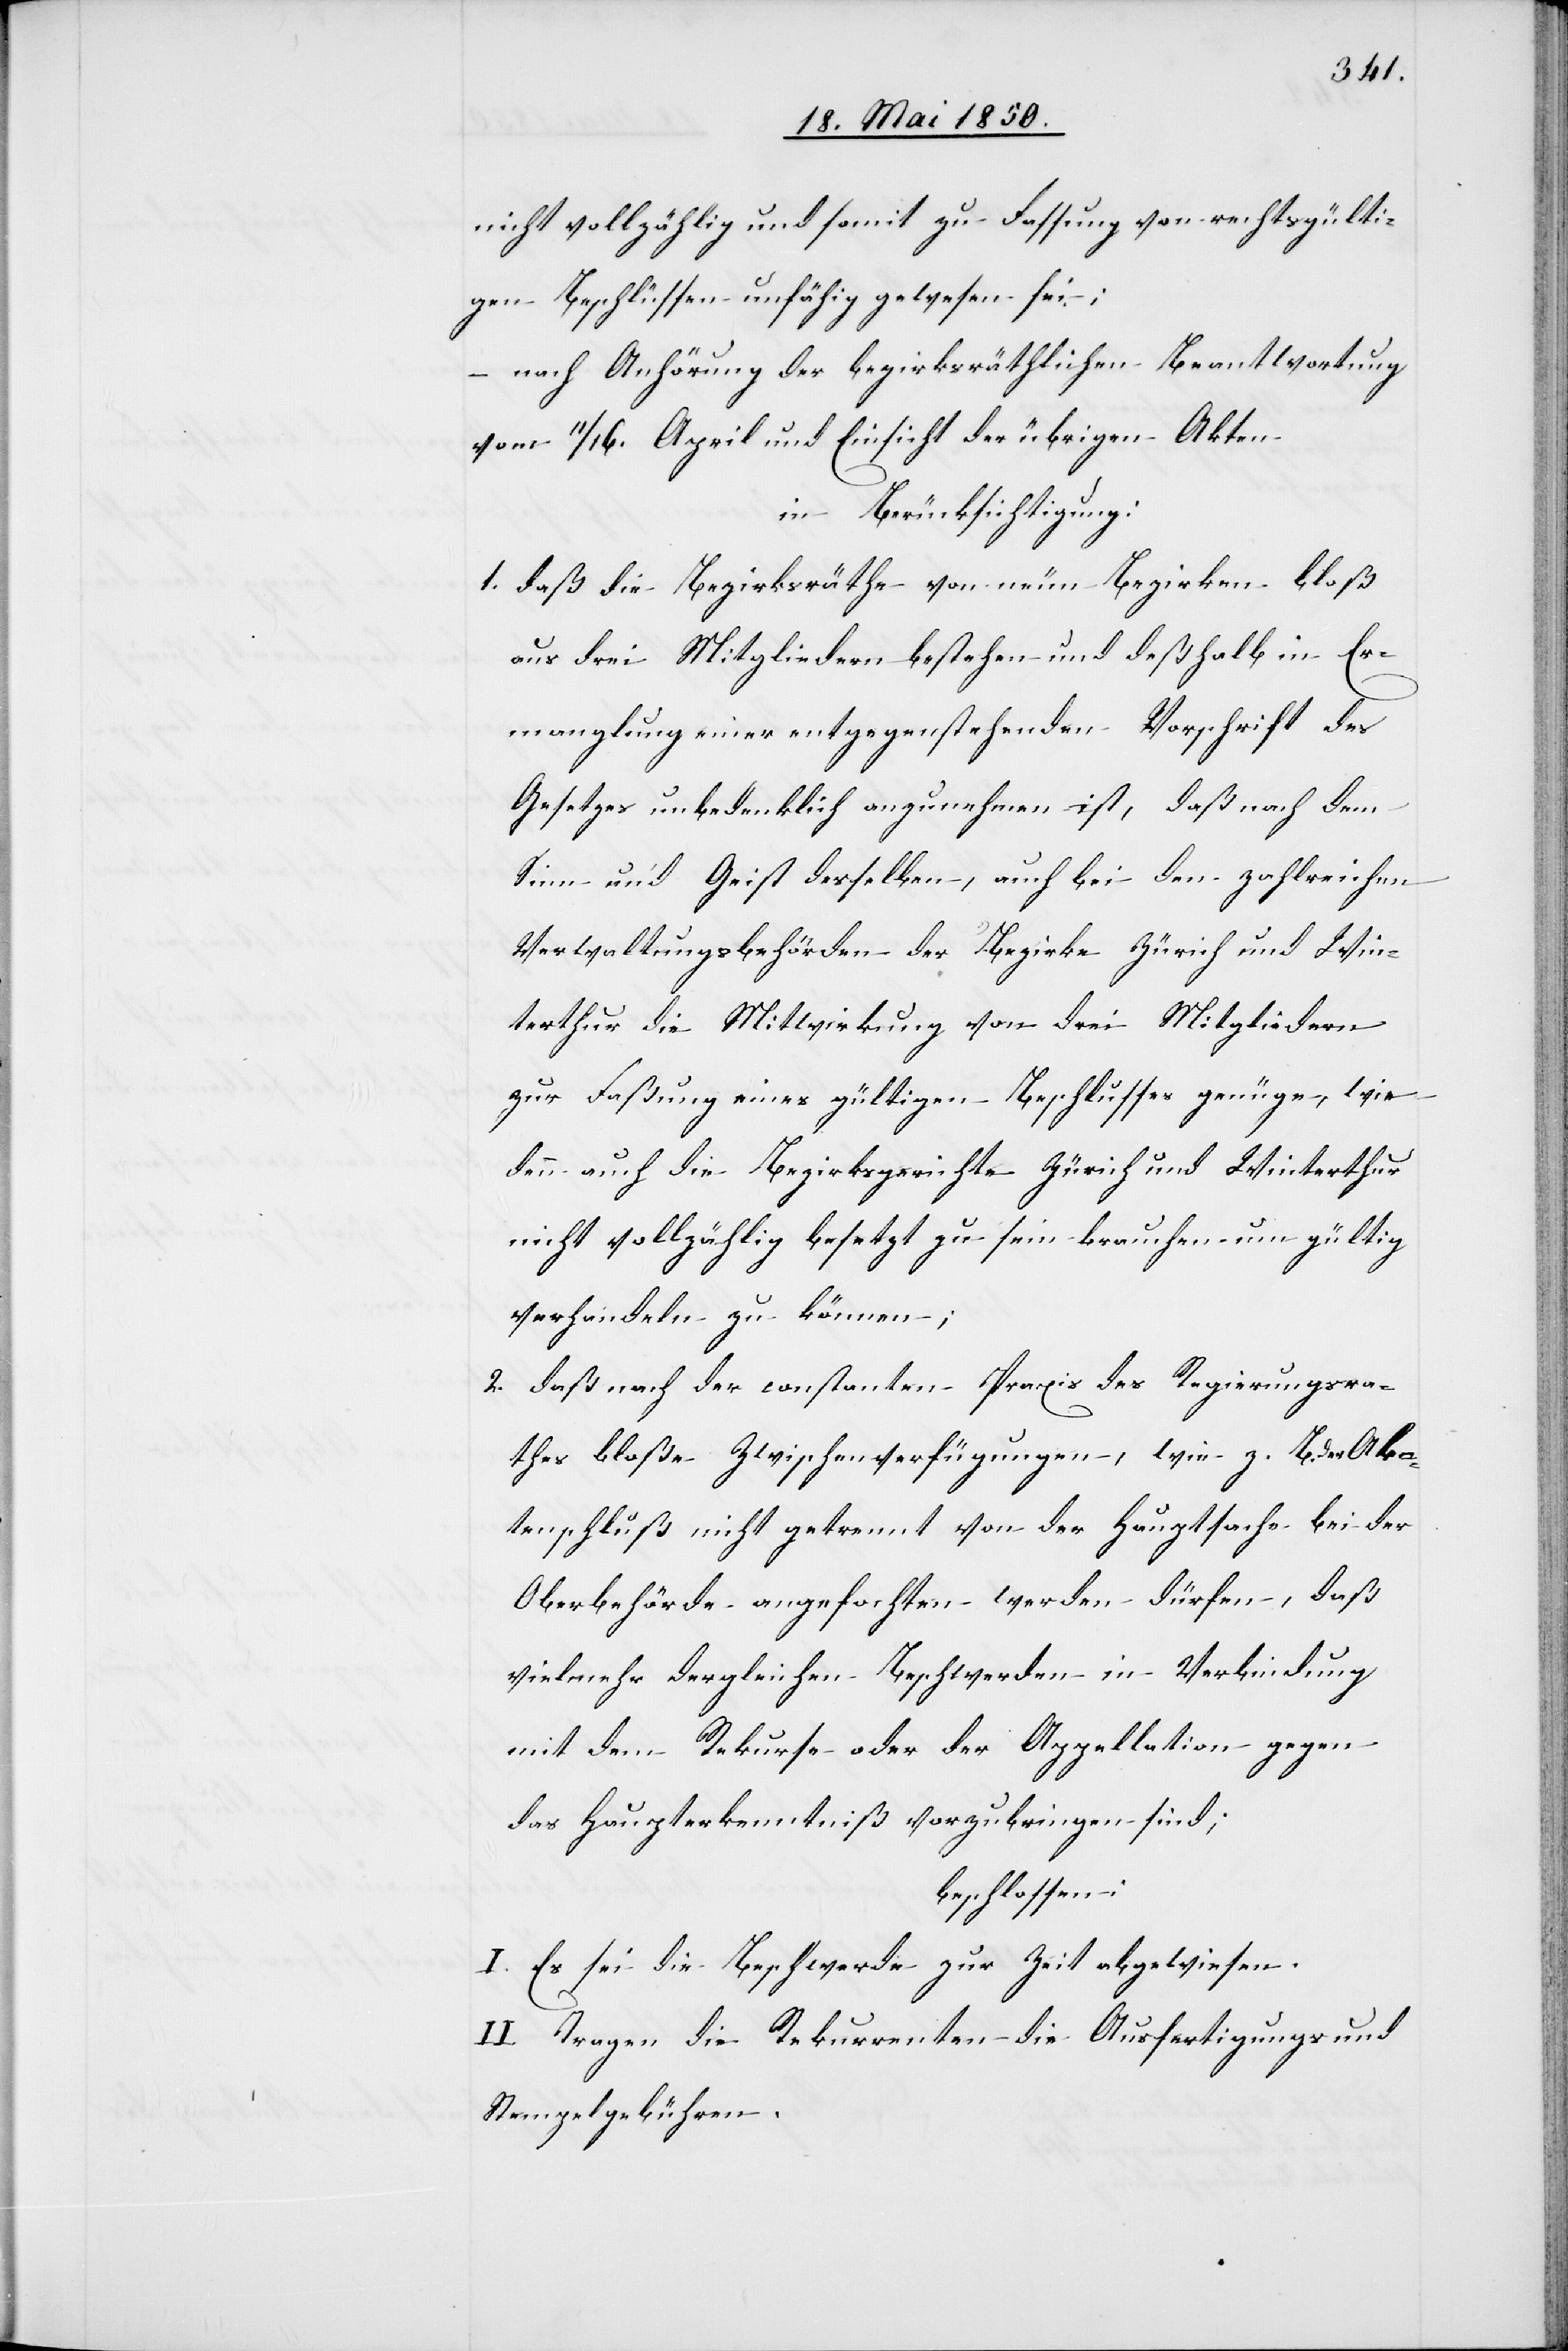
nicht vollzählig und somit zu Fassung von rechtsgülti¬
gen Beschlüssen unfähig gewesen sei;
– nach Anhörung der bezirksräthlichen Beantwortung
vom 11/16. April und Einsicht der übrigen Akten
in Berücksichtigung:
1. daß die Bezirksräthe von neun Bezirken bloß
aus drei Mitgliedern bestehen und deßhalb in Er¬
manglung einer entgegenstehenden Vorschrift des
Gesetzes unbedenklich anzunehmen ist, daß nach dem
Sinn und Geist desselben, auch bei den zahlreichen
Verwaltungsbehörden der Bezirke Zürich und Win¬
terthur die Mitwirkung von drei Mitgliedern
zur Faßung eines gültigen Beschlusses genüge, wie
denn auch die Bezirksgerichte Zürich und Winterthur
nicht vollzählig besetzt zu sein brauchen um gültig
verhandeln zu können;
2. daß nach der constanten Praxis des Regierungsra¬
thes bloße Zwischenverfügungen, wie z. B. der Ak¬
tenschluß nicht getrennt von der Hauptsache bei der
Oberbehörde angefochten werden dürfen, daß
vielmehr dergleichen Beschwerden in Verbindung
mit dem Rekurse oder der Appellation gegen
das Haupterkenntniß vorzubringen sind;
beschlossen:
I. Es sei die Beschwerde zur Zeit abgewiesen.
II. Tragen die Rekurrenten die Ausfertigungs[-] und
Stempelgebühren.